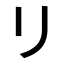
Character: リ